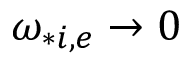
\omega _ { * i , e } \rightarrow 0